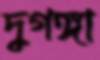
দুগঙ্গা